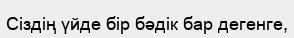
Сіздің үйде бір бәдік бар дегенге,